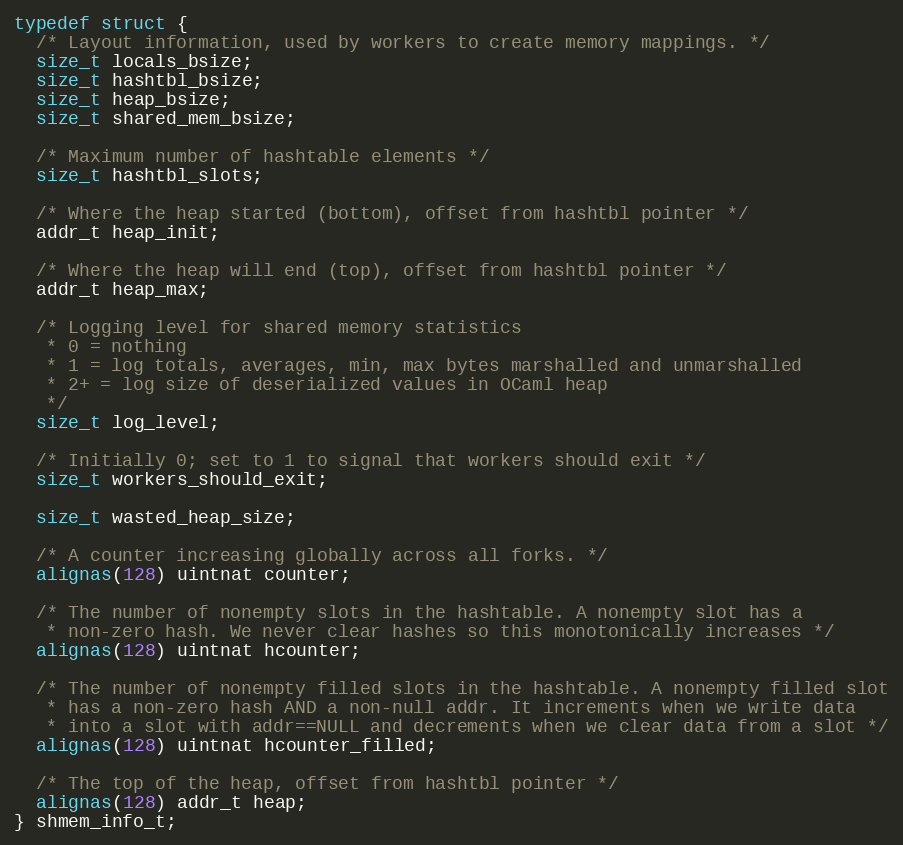
Language: C
typedef struct {
  /* Layout information, used by workers to create memory mappings. */
  size_t locals_bsize;
  size_t hashtbl_bsize;
  size_t heap_bsize;
  size_t shared_mem_bsize;

  /* Maximum number of hashtable elements */
  size_t hashtbl_slots;

  /* Where the heap started (bottom), offset from hashtbl pointer */
  addr_t heap_init;

  /* Where the heap will end (top), offset from hashtbl pointer */
  addr_t heap_max;

  /* Logging level for shared memory statistics
   * 0 = nothing
   * 1 = log totals, averages, min, max bytes marshalled and unmarshalled
   * 2+ = log size of deserialized values in OCaml heap
   */
  size_t log_level;

  /* Initially 0; set to 1 to signal that workers should exit */
  size_t workers_should_exit;

  size_t wasted_heap_size;

  /* A counter increasing globally across all forks. */
  alignas(128) uintnat counter;

  /* The number of nonempty slots in the hashtable. A nonempty slot has a
   * non-zero hash. We never clear hashes so this monotonically increases */
  alignas(128) uintnat hcounter;

  /* The number of nonempty filled slots in the hashtable. A nonempty filled slot
   * has a non-zero hash AND a non-null addr. It increments when we write data
   * into a slot with addr==NULL and decrements when we clear data from a slot */
  alignas(128) uintnat hcounter_filled;

  /* The top of the heap, offset from hashtbl pointer */
  alignas(128) addr_t heap;
} shmem_info_t;